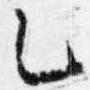
乙